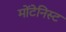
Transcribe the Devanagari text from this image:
मोंटेनिस्ट